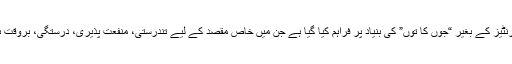
اس ویب سائٹ پر پیش کی گئی معلومات اور مواد کو کسی بھی قسم کی واضح یا مضمر وارنٹیز کے بغیر “جوں کا توں” کی بنیاد پر فراہم کیا گيا ہے جن میں خاص مقصد کے لیے تندرستی، منفعت پذیری، درستگی، بروقت ہونے، کارکردگی، مکمل ہونے، اور عدم خلاف ورزی کے لیے بلاتحدید وارنٹیز شامل ہیں۔